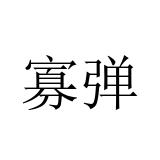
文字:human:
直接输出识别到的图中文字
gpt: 寡弹